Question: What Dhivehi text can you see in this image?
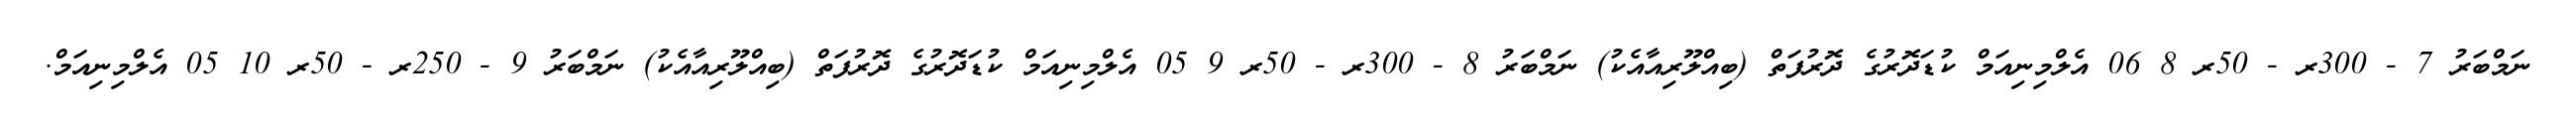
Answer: ނަމްބަރު 7 - 300ރ - 50ރ 8 06 އެލްމިނިއަމް ކުޑަދޮރުގެ ދޮރުފަތް (ބިއްލޫރިއާއެކު) ނަމްބަރު 8 - 300ރ - 50ރ 9 05 އެލްމިނިއަމް ކުޑަދޮރުގެ ދޮރުފަތް (ބިއްލޫރިއާއެކު) ނަމްބަރު 9 - 250ރ - 50ރ 10 05 އެލްމިނިއަމް.